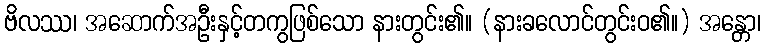
ဗိလဿ၊ အဆောက်အဦးနှင့်တကွဖြစ်သော နားတွင်း၏။ (နားခလောင်တွင်းဝ၏။) အန္တော၊